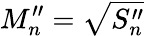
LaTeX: M_{n}^{\prime\prime}=\sqrt{S_{n}^{\prime\prime}}